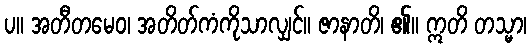
ပ။ အတီတမေဝ၊ အတိတ်ကံကိုသာလျှင်။ ဇာနာတိ၊ ၏။ ဣတိ တသ္မာ၊